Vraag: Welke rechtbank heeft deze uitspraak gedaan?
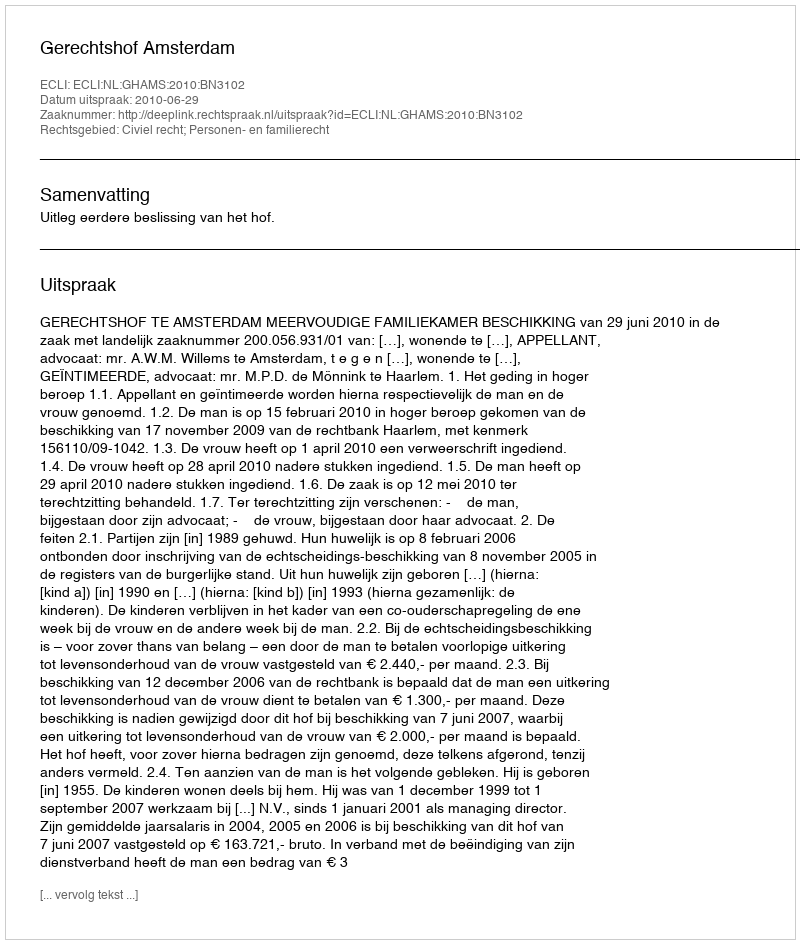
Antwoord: Gerechtshof Amsterdam